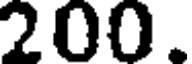
200.